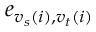
e _ { { v _ { s } } ( i ) , { v _ { t } } ( i ) }